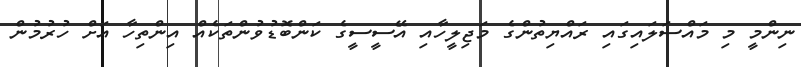
ނިންމީ މި މައްސަލައިގައި ރައްޔިތުންގެ މަޖިލީހާއި އޭސީސީގެ ކަންބޮޑުވުންތަކެއް އިންތިހާ އަށް ހުރުމުން